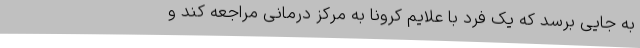
به‌ جایی برسد که یک فرد با علایم کرونا به مرکز درمانی مراجعه کند و